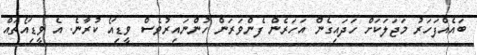
ބައެއްފަހަރު މަޖަލަކަށް ހަދައިގެން އަހަރެން ފެންވަރަން ހުންނައިރުވެސް ވީޑިއޯ ކުރާނެ. އެ ވީޑިއޯތައް